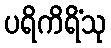
ပရိကိရိံသု